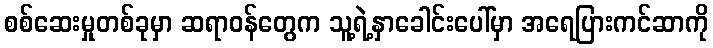
စစ်ဆေးမှုတစ်ခုမှာ ဆရာဝန်တွေက သူ့ရဲ့နှာခေါင်းပေါ်မှာ အရေပြားကင်ဆာကို